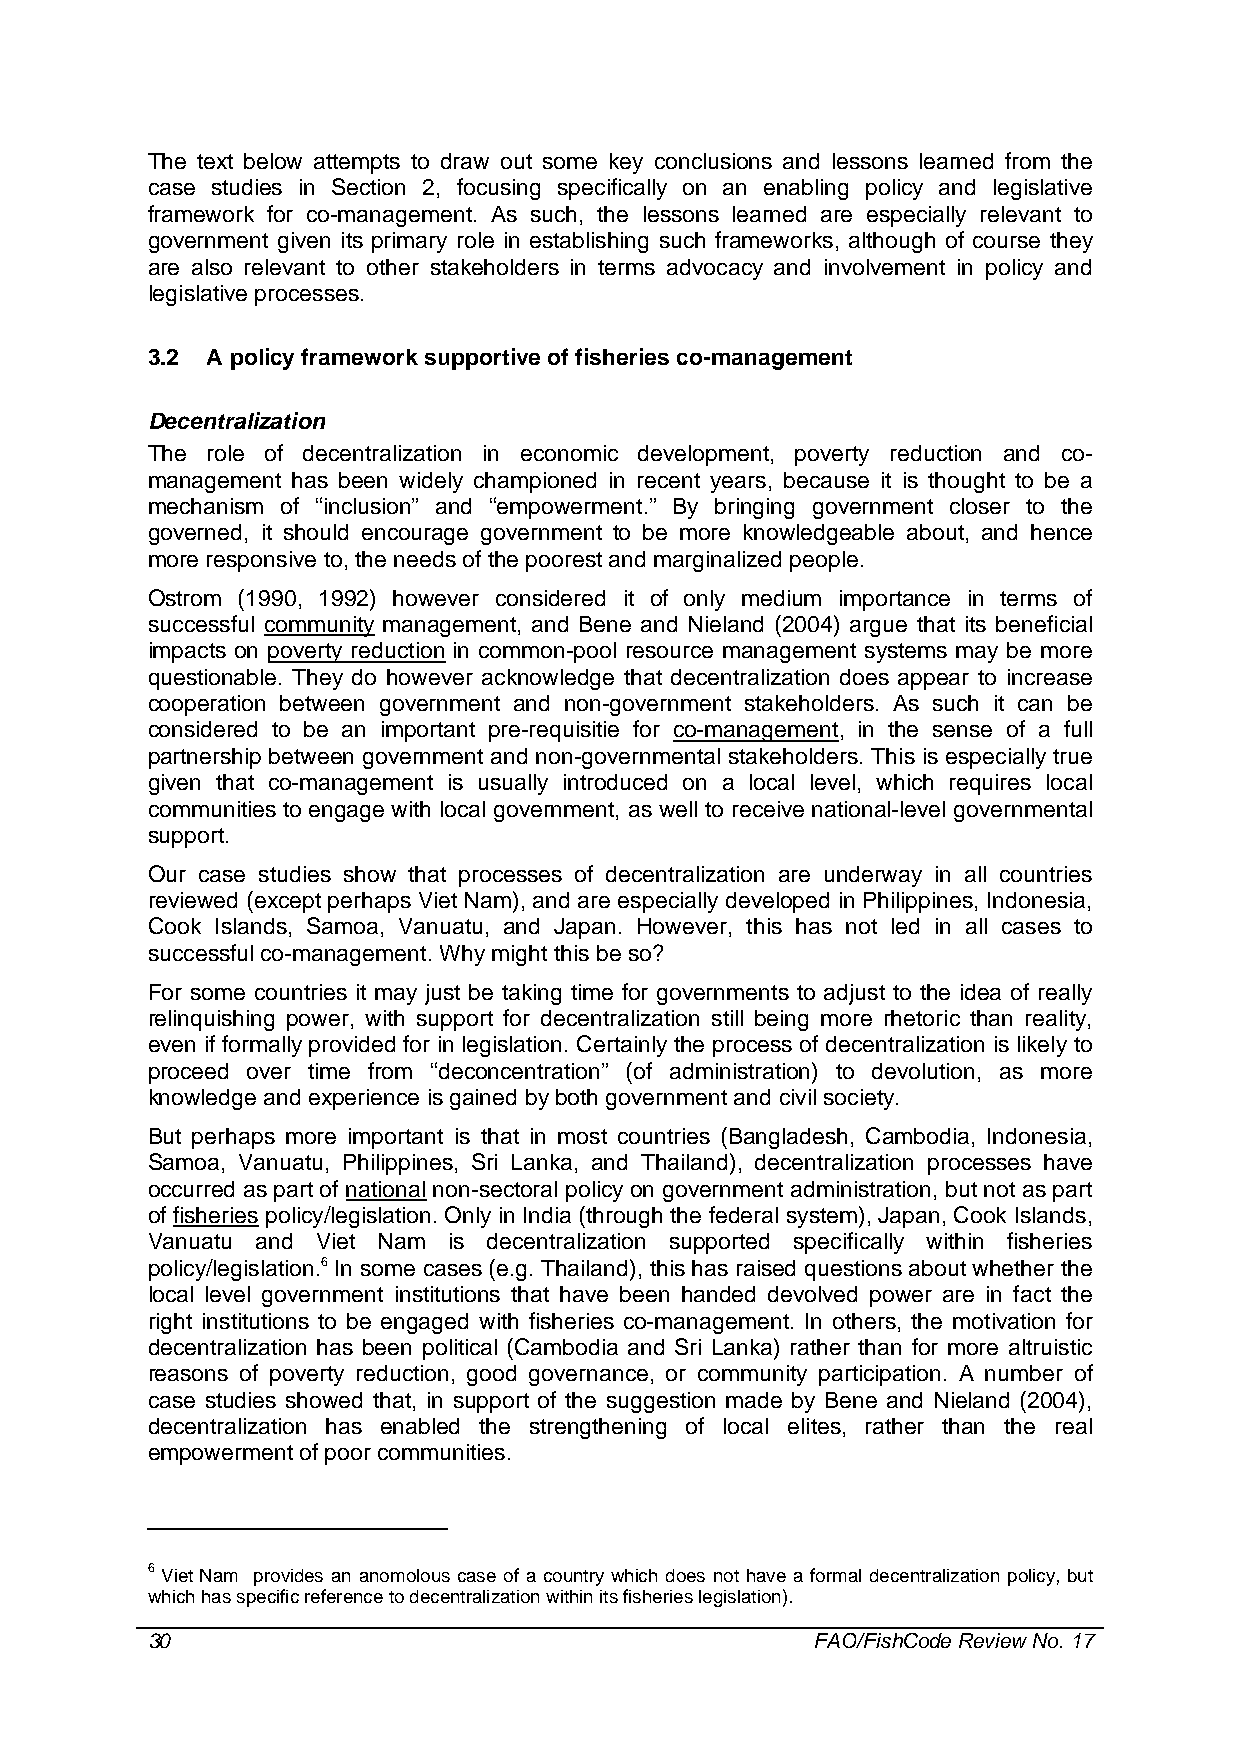
The text below attempts to draw out some key conclusions and lessons learned from the
 case studies in Section 2, focusing specifically on an enabling policy and legislative
 framework for co-management. As such, the lessons learned are especially relevant to
 government given its primary role in establishing such frameworks, although of course they
 are also relevant to other stakeholders in terms advocacy and involvement in policy and
 legislative processes.
 3.2 A policy framework supportive of fisheries co-management
 Decentralization
 The role of decentralization in economic development, poverty reduction and co-
 management has been widely championed in recent years, because it is thought to be a
 mechanism of “inclusion” and “empowerment.” By bringing government closer to the
 governed, it should encourage government to be more knowledgeable about, and hence
 more responsive to, the needs of the poorest and marginalized people.
 Ostrom (1990, 1992) however considered it of only medium importance in terms of
 successful community management, and Bene and Nieland (2004) argue that its beneficial
 impacts on poverty reduction in common-pool resource management systems may be more
 questionable. They do however acknowledge that decentralization does appear to increase
 cooperation between government and non-government stakeholders. As such it can be
 considered to be an important pre-requisitie for co-management, in the sense of a full
 partnership between government and non-governmental stakeholders. This is especially true
 given that co-management is usually introduced on a local level, which requires local
 communities to engage with local government, as well to receive national-level governmental
 support.
 Our case studies show that processes of decentralization are underway in all countries
 reviewed (except perhaps Viet Nam), and are especially developed in Philippines, Indonesia,
 Cook Islands, Samoa, Vanuatu, and Japan. However, this has not led in all cases to
 successful co-management. Why might this be so?
 For some countries it may just be taking time for governments to adjust to the idea of really
 relinquishing power, with support for decentralization still being more rhetoric than reality,
 even if formally provided for in legislation. Certainly the process of decentralization is likely to
 proceed over time from “deconcentration” (of administration) to devolution, as more
 knowledge and experience is gained by both government and civil society.
 But perhaps more important is that in most countries (Bangladesh, Cambodia, Indonesia,
 Samoa, Vanuatu, Philippines, Sri Lanka, and Thailand), decentralization processes have
 occurred as part of national non-sectoral policy on government administration, but not as part
 of fisheries policy/legislation. Only in India (through the federal system), Japan, Cook Islands,
 Vanuatu and Viet Nam is decentralization supported specifically within fisheries
 policy/legislation.6 In some cases (e.g. Thailand), this has raised questions about whether the
 local level government institutions that have been handed devolved power are in fact the
 right institutions to be engaged with fisheries co-management. In others, the motivation for
 decentralization has been political (Cambodia and Sri Lanka) rather than for more altruistic
 reasons of poverty reduction, good governance, or community participation. A number of
 case studies showed that, in support of the suggestion made by Bene and Nieland (2004),
 decentralization has enabled the strengthening of local elites, rather than the real
 empowerment of poor communities.
 6 Viet Nam provides an anomolous case of a country which does not have a formal decentralization policy, but
 which has specific reference to decentralization within its fisheries legislation).
 30                                          FAO/FishCode Review No. 17